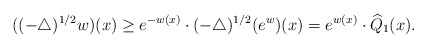
\begin{align*}((-\triangle)^{1/2}w)(x)\geq e^{-w(x)}\cdot(-\triangle)^{1/2}(e^w)(x)=e^{w(x)}\cdot \widehat{Q}_1(x).\end{align*}